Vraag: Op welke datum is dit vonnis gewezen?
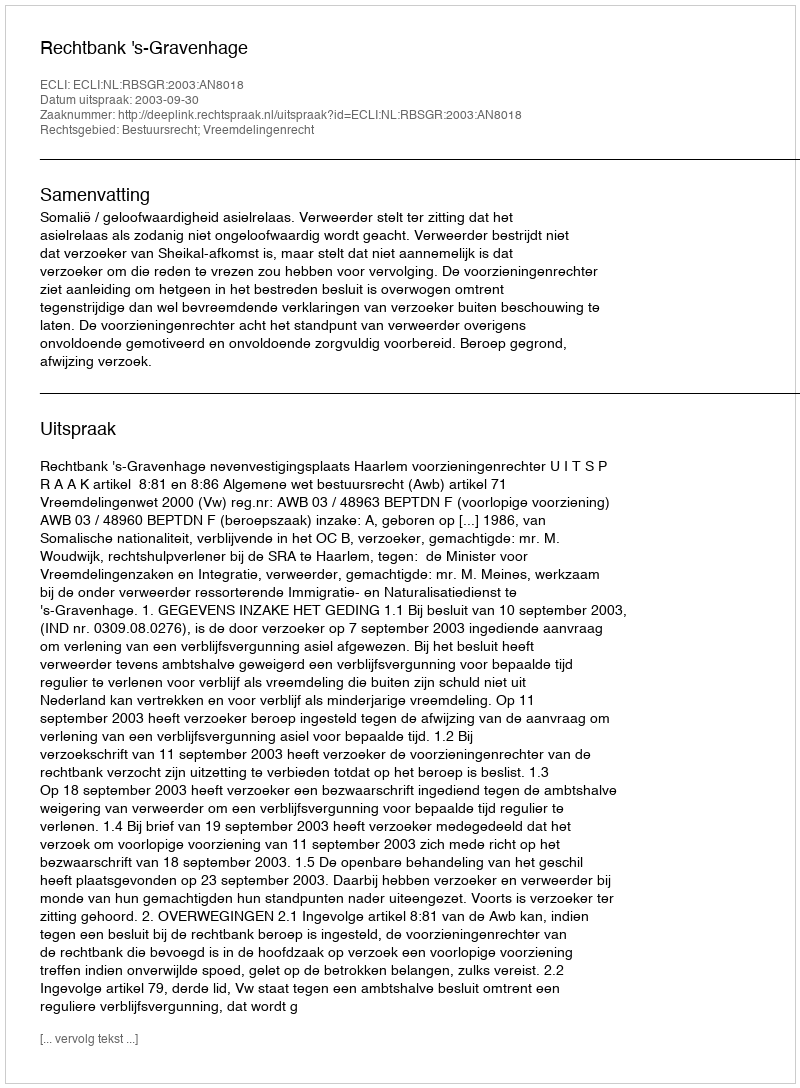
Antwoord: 2003-09-30